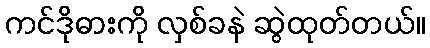
ကင်ဒိုဓားကို လှစ်ခနဲ ဆွဲထုတ်တယ်။